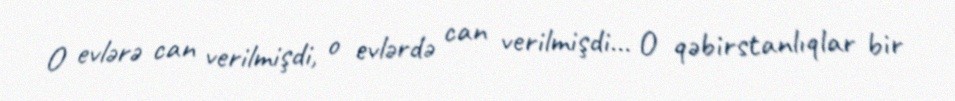
O evlərə can verilmişdi, o evlərdə can verilmişdi... O qəbirstanlıqlar bir